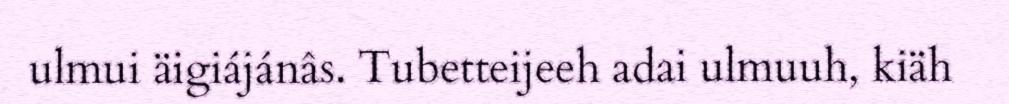
ulmui äigiájánâs. Tubetteijeeh adai ulmuuh, kiäh